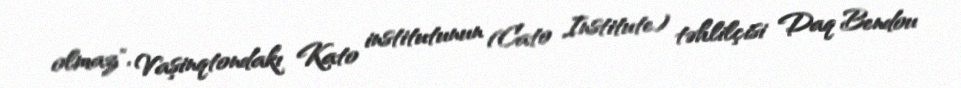
olmaz", Vaşinqtondakı Kato institutunun (Cato Institute) təhlilçisi Daq Bendou